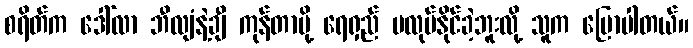
စရိတ်က ဒေါ်လာ ဘီလျံနဲ့ချီ ကုန်တာမို့ ရေရှည် မလုပ်နိုင်ခဲ့ဘူးလို့ သူက ပြောပါတယ်။